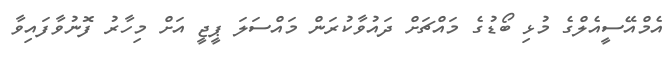
އެމްއޭސީއެލްގެ މުޅި ބޯޑުގެ މައްޗަށް ދައުވާކުރަން މައްސަލަ ޕީޖީ އަށް މިހާރު ފޮނުވާފައިވާ